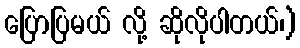
ပြောပြမယ် လို့ ဆိုလိုပါတယ်၊)